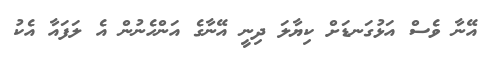
އޭނާ ވެސް އަޅުގަނޑަށް ކިޔާލަ ދިނީ އޭނާގެ އަންހެނުން އެ ލަފައާ އެކު